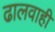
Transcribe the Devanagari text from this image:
ढालवाही